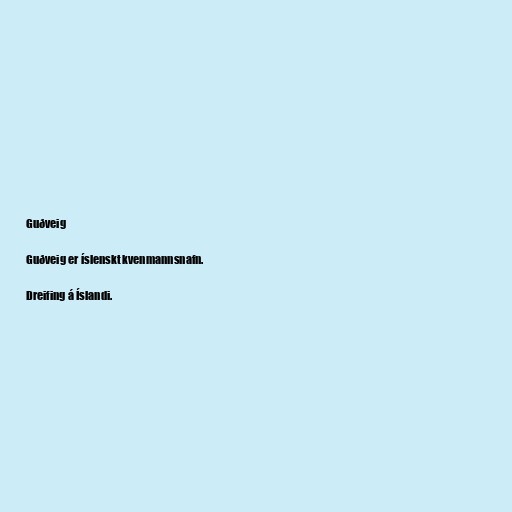
Guðveig

Guðveig er íslenskt kvenmannsnafn.

Dreifing á Íslandi.